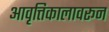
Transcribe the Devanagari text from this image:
आवृत्तिकालावरून